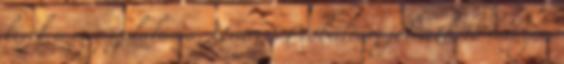
kérek a megszólalásra, Uram - Próbáltam jól érthető hangon